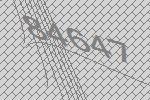
84647